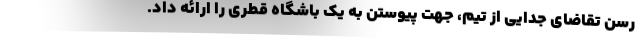
رسن تقاضای جدایی از تیم، جهت پیوستن به یک باشگاه قطری را ارائه داد.